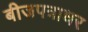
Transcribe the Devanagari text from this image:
बीजपत्राधर